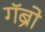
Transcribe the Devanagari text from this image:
गॅब्रो